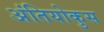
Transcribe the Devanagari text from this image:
अंतियोकुस